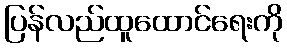
ပြန်လည်ထူထောင်ရေးကို